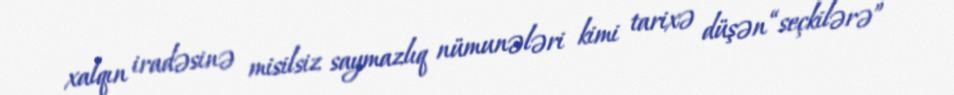
xalqın iradəsinə misilsiz saymazlıq nümunələri kimi tarixə düşən “seçkilərə”